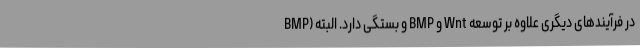
BMP) و بستگی دارد. البته BMP و Wnt در فرآیندهای دیگری علاوه بر توسعه